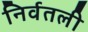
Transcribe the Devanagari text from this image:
निर्वतली